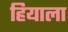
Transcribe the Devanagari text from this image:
हियाला